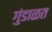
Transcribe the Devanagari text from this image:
गुंडाळत